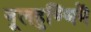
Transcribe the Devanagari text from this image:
नूलहुण्णिमॆ